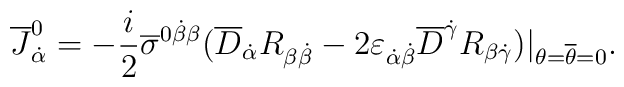
\overline J_{\dot\alpha}^0   =-{i\over2}\overline\sigma^{0\dot\beta\beta}   (\overline D_{\dot\alpha}R_{\beta\dot\beta}   -2\varepsilon_{\dot\alpha\dot\beta}\overline D^{\dot\gamma}   R_{\beta\dot\gamma})\bigr|_{\theta=\overline\theta=0}.